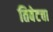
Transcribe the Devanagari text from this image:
तिबेटचा